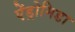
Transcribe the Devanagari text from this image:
ऐंड्रोमिडा